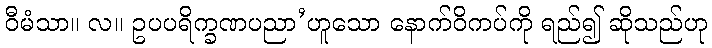
ဝီမံသာ။ လ။ ဥပပရိက္ခဏပညာ’ဟူသော နောက်ဝိကပ်ကို ရည်၍ ဆိုသည်ဟု